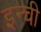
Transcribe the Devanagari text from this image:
इन्ची